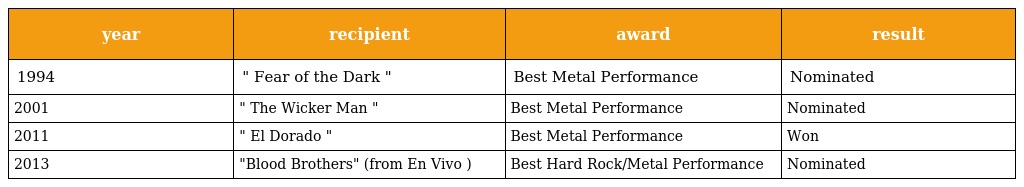
| year | recipient | award | result |
 | --- | --- | --- | --- |
 | 1994 | " Fear of the Dark " | Best Metal Performance | Nominated |
 | 2001 | " The Wicker Man " | Best Metal Performance | Nominated |
 | 2011 | " El Dorado " | Best Metal Performance | Won |
 | 2013 | "Blood Brothers" (from En Vivo ) | Best Hard Rock/Metal Performance | Nominated |